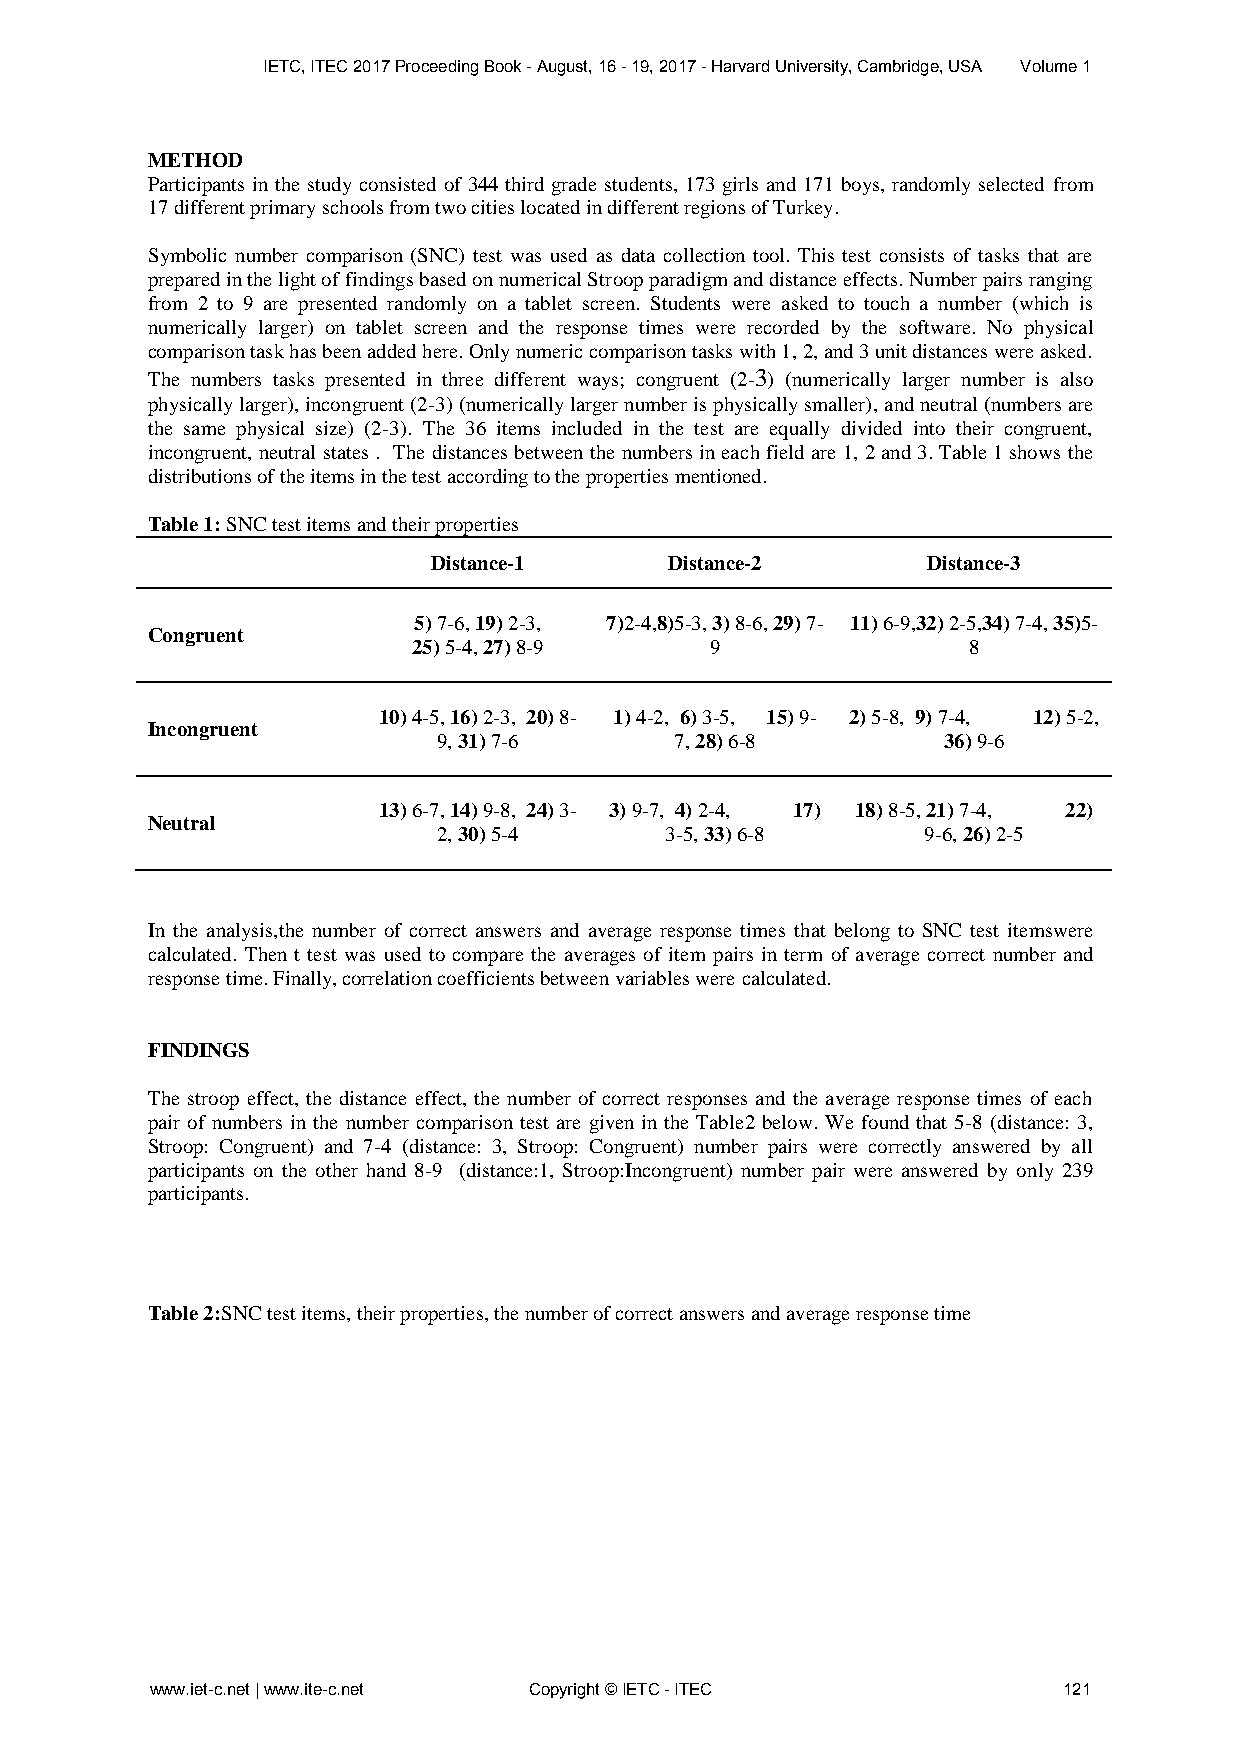
IETC, ITEC 2017 Proceeding Book - August, 16 - 19, 2017 - Harvard University, Cambridge, USA Volume 1
 METHOD
 Participants in the study consisted of 344 third grade students, 173 girls and 171 boys, randomly selected from
 17 different primary schools from two cities located in different regions of Turkey.
 Symbolic number comparison (SNC) test was used as data collection tool. This test consists of tasks that are
 prepared in the light of findings based on numerical Stroop paradigm and distance effects. Number pairs ranging
 from 2 to 9 are presented randomly on a tablet screen. Students were asked to touch a number (which is
 numerically larger) on tablet screen and the response times were recorded by the software. No physical
 comparison task has been added here. Only numeric comparison tasks with 1, 2, and 3 unit distances were asked.
 The numbers tasks presented in three different ways; congruent (2-3) (numerically larger number is also
 physically larger), incongruent (2-3) (numerically larger number is physically smaller), and neutral (numbers are
 the same physical size) (2-3). The 36 items included in the test are equally divided into their congruent,
 incongruent, neutral states . The distances between the numbers in each field are 1, 2 and 3. Table 1 shows the
 distributions of the items in the test according to the properties mentioned.
 Table 1: SNC test items and their properties
 Distance-1     Distance-2       Distance-3
 5) 7-6, 19) 2-3, 7)2-4,8)5-3, 3) 8-6, 29) 7- 11) 6-9,32) 2-5,34) 7-4, 35)5-
 Congruent
 25) 5-4, 27) 8-9    9                8
 10) 4-5, 16) 2-3, 20) 8- 1) 4-2, 6) 3-5, 15) 9- 2) 5-8, 9) 7-4, 12) 5-2,
 Incongruent
 9, 31) 7-6      7, 28) 6-8       36) 9-6
 13) 6-7, 14) 9-8, 24) 3- 3) 9-7, 4) 2-4, 17) 18) 8-5, 21) 7-4, 22)
 Neutral
 2, 30) 5-4     3-5, 33) 6-8     9-6, 26) 2-5
 In the analysis,the number of correct answers and average response times that belong to SNC test itemswere
 calculated. Then t test was used to compare the averages of item pairs in term of average correct number and
 response time. Finally, correlation coefficients between variables were calculated.
 FINDINGS
 The stroop effect, the distance effect, the number of correct responses and the average response times of each
 pair of numbers in the number comparison test are given in the Table2 below. We found that 5-8 (distance: 3,
 Stroop: Congruent) and 7-4 (distance: 3, Stroop: Congruent) number pairs were correctly answered by all
 participants on the other hand 8-9 (distance:1, Stroop:Incongruent) number pair were answered by only 239
 participants.
 Table 2:SNC test items, their properties, the number of correct answers and average response time
 www.iet-c.net | www.ite-c.net Copyright © IETC - ITEC       121